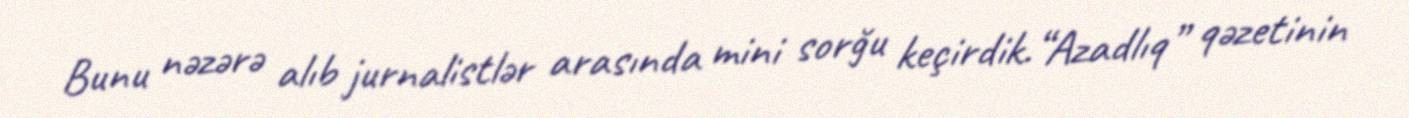
Bunu nəzərə alıb jurnalistlər arasında mini sorğu keçirdik.“Azadlıq” qəzetinin